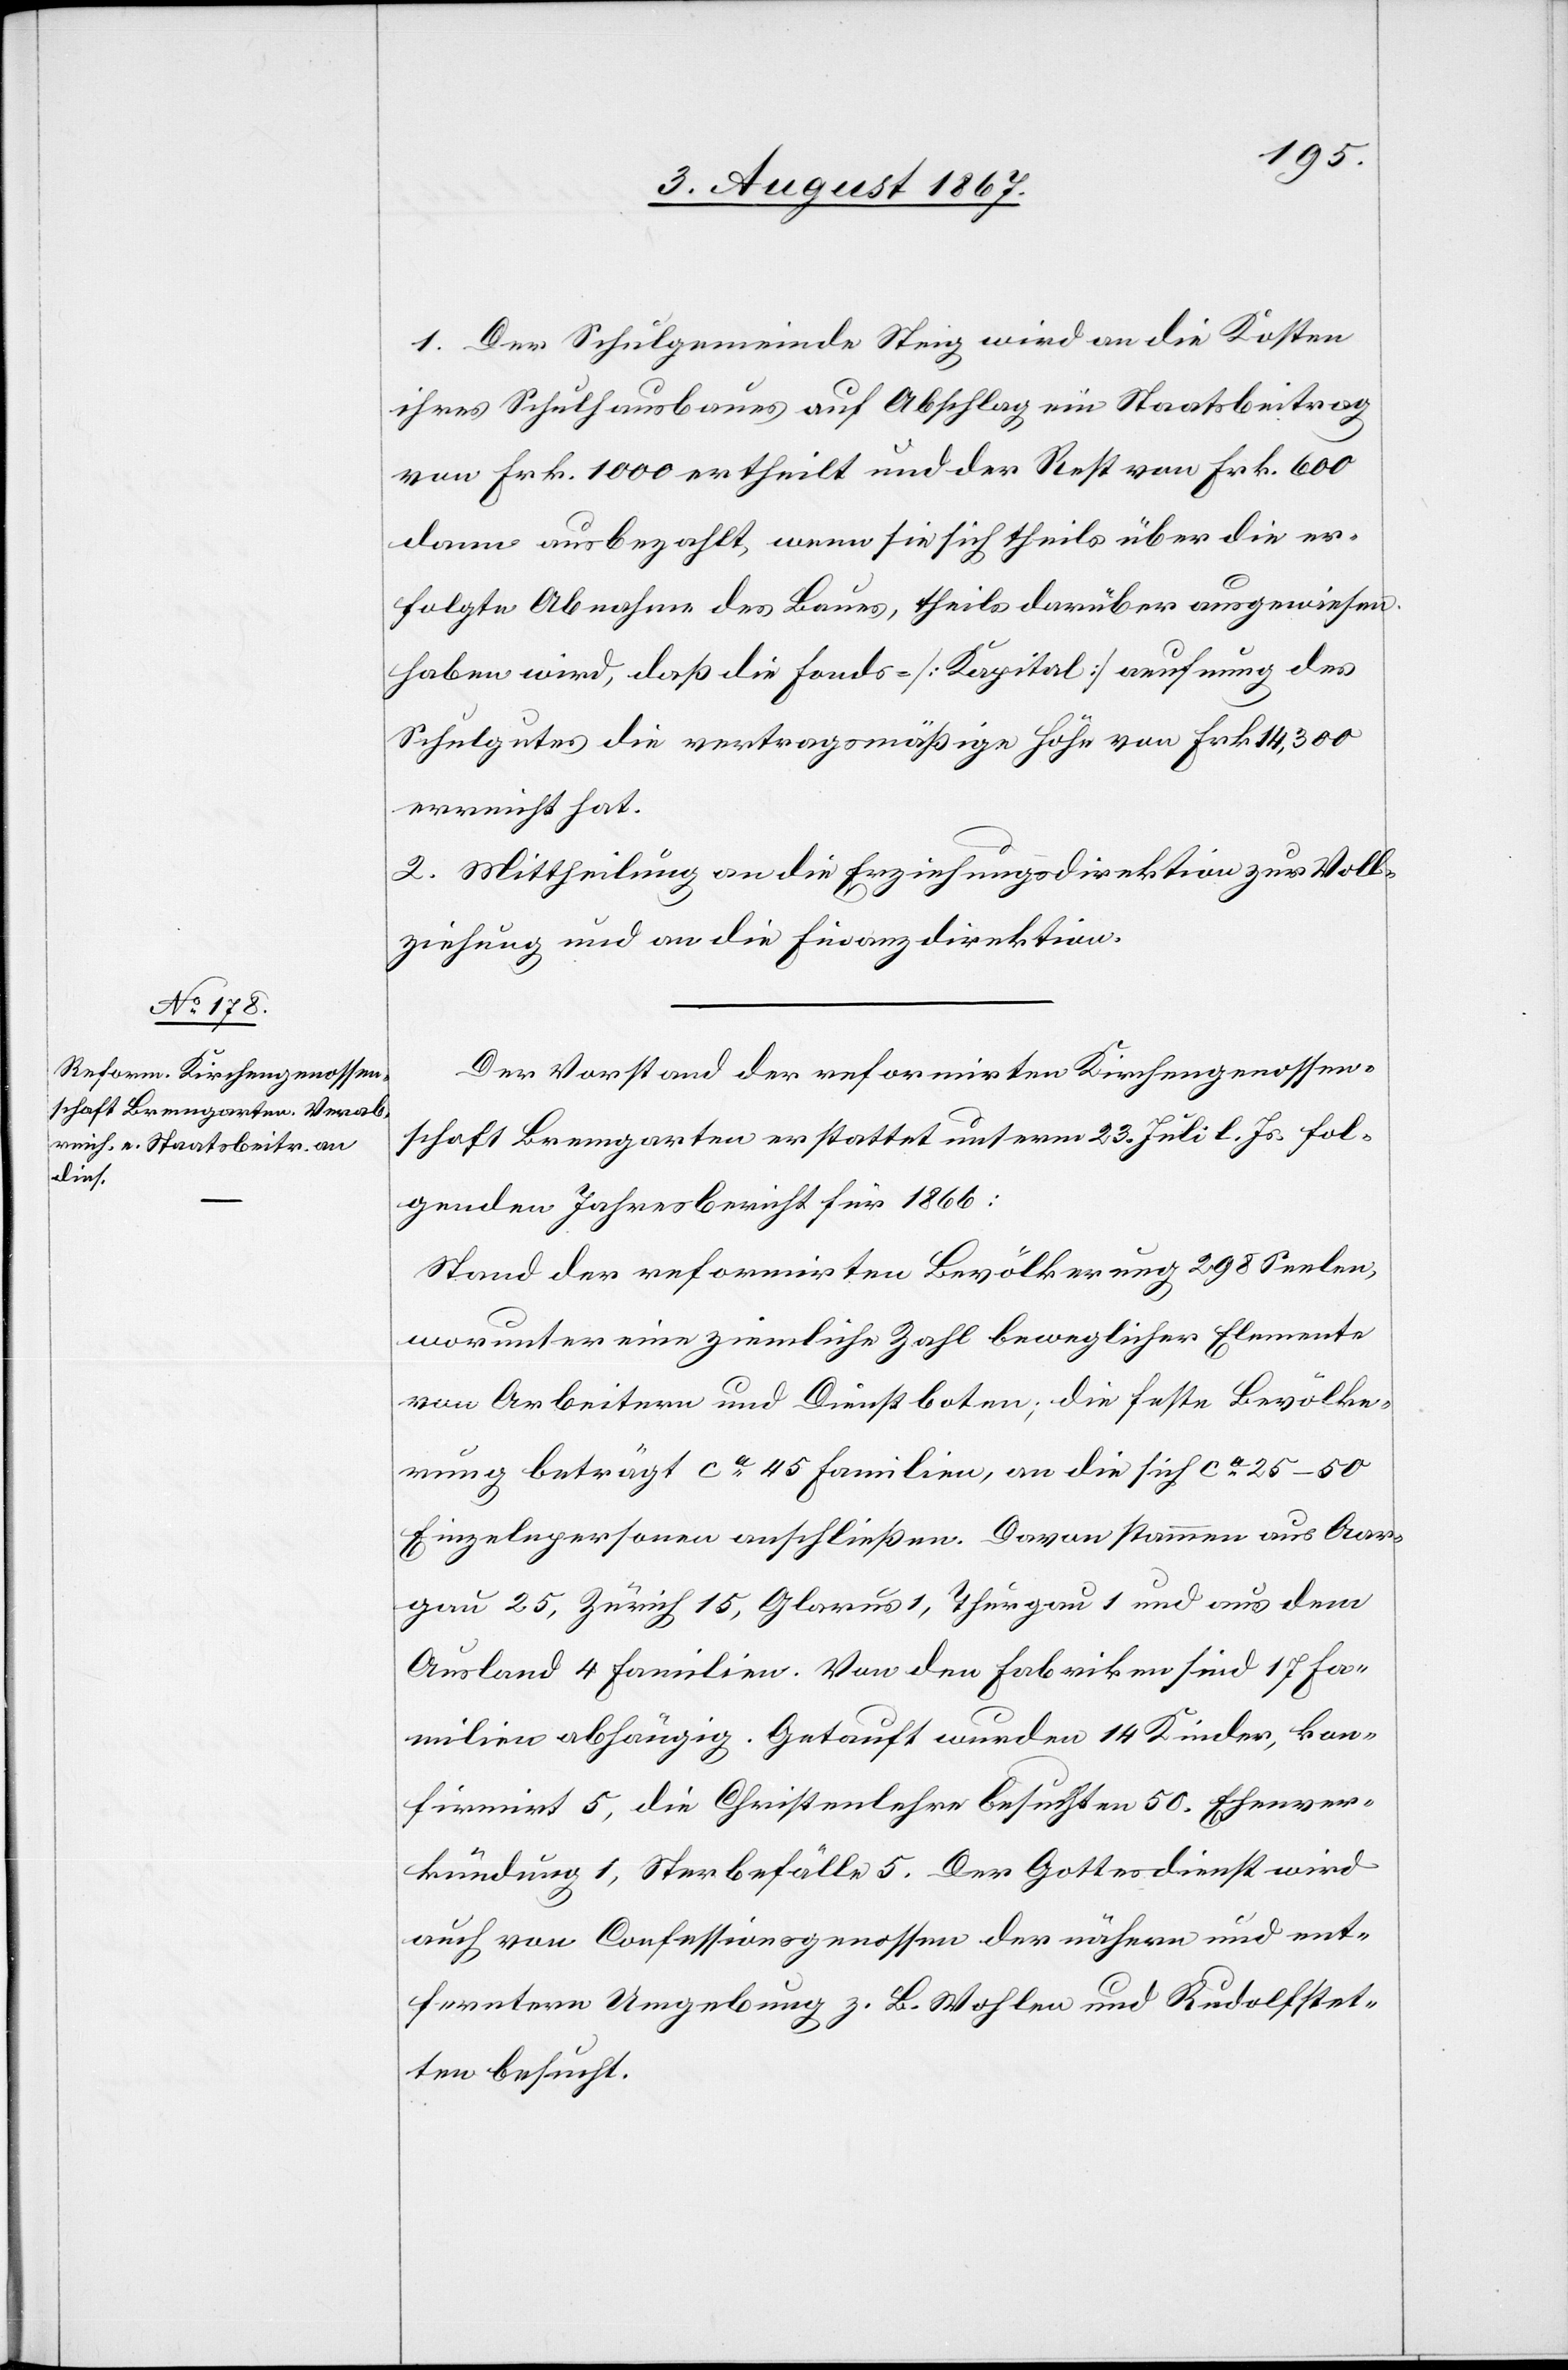
1. Der Schulgemeinde Steig wird an die Kosten
ihres Schulhausbaues auf Abschlag ein Staatsbeitrag
von Frk. 1000 ertheilt und der Rest von Frk. 600
dann ausbezahlt, wenn sie sich theils über die er¬
folgte Abnahme des Baues, theils darüber ausgewiesen
haben wird, daß die Fonds- [Kapital] aeufnung des
Schulgutes die vertragsmäßige Höhe von Frk. 14 300
erreicht hat.
2. Mittheilung an die Erziehungsdirektion zur Voll¬
ziehung und an die Finanzdirektion.
Der Vorstand der reformirten Kirchengenossen¬
schaft Bremgarten erstattet unterm 23. Juli l. Js. fol¬
genden Jahresbericht für 1866:
Stand der reformirten Bevölkerung 298 Seelen,
worunter eine ziemliche Zahl beweglicher Elemente
von Arbeitern und Dienstboten; die feste Bevölke¬
rung beträgt ca. 45 Familien, an die sich ca. 25–50
Einzelpersonen anschließen. Davon stammen aus Aar¬
gau 25, Zürich 15, Glarus 1, Thurgau 1 und aus dem
Ausland 4 Familien. Von den Fabriken sind 17 Fa¬
milien abhängig. Getauft wurden 14 Kinder, kon¬
firmirt 5, die Christenlehre besuchten 50. Ehever¬
kündigung 1, Sterbefälle 5. Der Gottesdienst wird
auch von Confessionsgenossen der nähern und ent¬
ferntern Umgebung z. B. Wohlen und Rudolfstet¬
ten besucht.